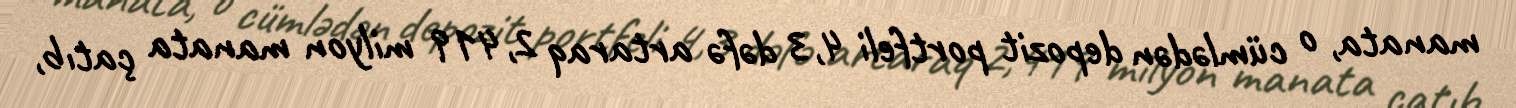
manata, o cümlədən depozit portfeli 4,3 dəfə artaraq 2,419 milyon manata çatıb,